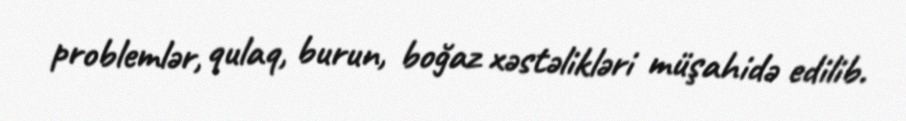
problemlər, qulaq, burun, boğaz xəstəlikləri müşahidə edilib.